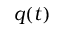
q ( t )